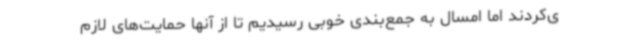
ی‌کردند اما امسال به جمع‌بندی خوبی رسیدیم تا از آنها حمایت‌های لازم